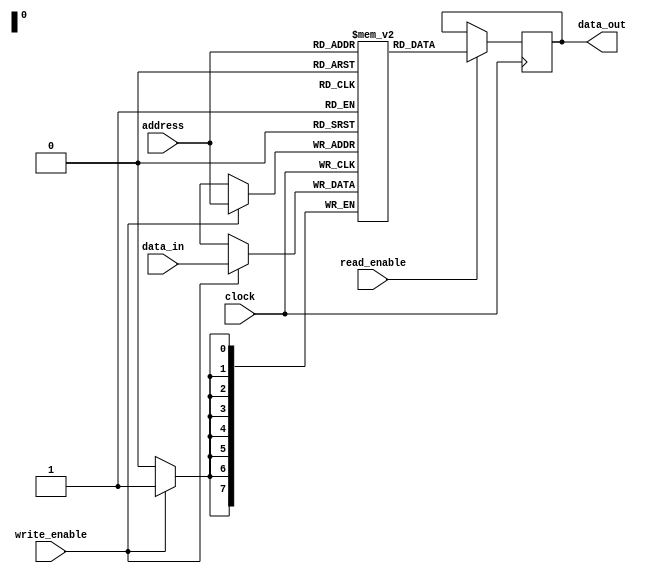
module SDRAM(
    input wire [7:0] data_in,
    input wire [7:0] address,
    input wire write_enable,
    input wire read_enable,
    input wire clock,
    output reg [7:0] data_out
);

reg [7:0] memory [0:255]; // Assuming 256 memory locations

always @ (posedge clock) begin
    if(write_enable) begin
        memory[address] <= data_in;
    end
    if(read_enable) begin
        data_out <= memory[address];
    end
end

endmodule